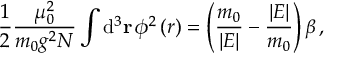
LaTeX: \frac { 1 } { 2 } \frac { \mu _ { 0 } ^ { 2 } } { m _ { 0 } g ^ { 2 } N } \int \mathrm { d } ^ { 3 } { \bf r } \, \phi ^ { 2 } \left( r \right) = \left( \frac { m _ { 0 } } { \vert E \vert } - \frac { \vert E \vert } { m _ { 0 } } \right) \beta \, ,